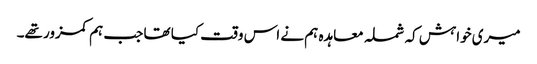
میری خواہش کہ شملہ معاہدہ ہم نے اس وقت کیا تھا جب ہم کمزور تھے۔